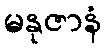
မနုဇာနံ